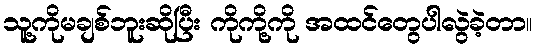
သူ့ကိုမချစ်ဘူးဆိုပြီး ကိုကို့ကို အထင်တွေပါလွဲခဲ့တာ။